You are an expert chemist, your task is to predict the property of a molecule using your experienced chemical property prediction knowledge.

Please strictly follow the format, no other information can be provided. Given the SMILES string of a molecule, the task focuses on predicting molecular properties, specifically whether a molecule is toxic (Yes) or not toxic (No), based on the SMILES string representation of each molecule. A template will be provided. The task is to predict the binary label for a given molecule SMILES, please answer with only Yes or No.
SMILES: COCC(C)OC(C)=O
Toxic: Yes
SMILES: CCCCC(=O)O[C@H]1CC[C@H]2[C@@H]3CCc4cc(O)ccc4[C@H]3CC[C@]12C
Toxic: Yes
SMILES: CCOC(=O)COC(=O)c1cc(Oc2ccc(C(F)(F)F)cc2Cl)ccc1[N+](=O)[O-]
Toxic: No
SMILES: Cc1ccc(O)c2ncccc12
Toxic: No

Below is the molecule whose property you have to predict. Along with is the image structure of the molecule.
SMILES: O=C([O-])COc1ccc(Cl)cc1Cl
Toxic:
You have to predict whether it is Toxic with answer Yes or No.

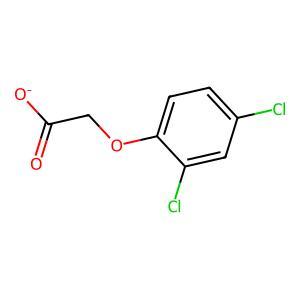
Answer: No